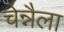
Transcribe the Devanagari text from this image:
चेन्नैला